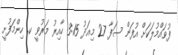
ފުވައްމުލަކަށް އުފަން ސަފާ 27 މިއަދު 3:15 ހާއިރު މަރުވީ ކ. ހިންމަފުށީ